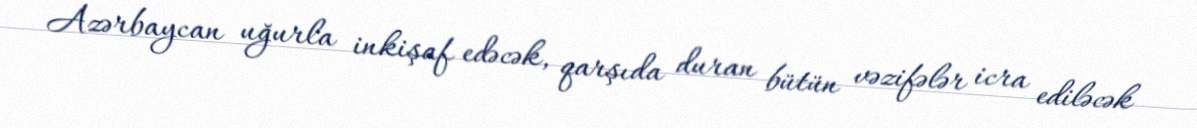
Azərbaycan uğurla inkişaf edəcək, qarşıda duran bütün vəzifələr icra ediləcək